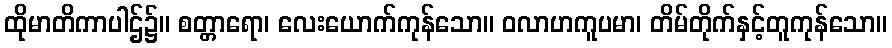
ထိုမာတိကာပါဌ်၌။ စတ္တာရော၊ လေးယောက်ကုန်သော။ ဝလာဟကူပမာ၊ တိမ်တိုက်နှင့်တူကုန်သော။